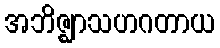
အဘိဇ္ဈာသဟဂတာယ